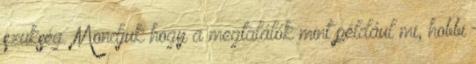
szükség. Mondjuk hogy a megtalálók mint például mi, hobbi